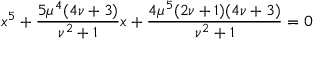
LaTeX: x ^ { 5 } + { \frac { 5 \mu ^ { 4 } ( 4 \nu + 3 ) } { \nu ^ { 2 } + 1 } } x + { \frac { 4 \mu ^ { 5 } ( 2 \nu + 1 ) ( 4 \nu + 3 ) } { \nu ^ { 2 } + 1 } } = 0